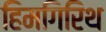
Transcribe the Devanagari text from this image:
हिमगिरिथ